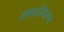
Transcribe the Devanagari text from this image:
सपाटीवरून